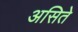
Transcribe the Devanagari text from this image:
असिते